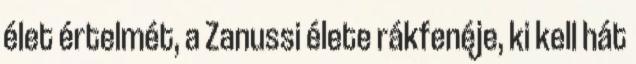
élet értelmét, a Zanussi élete rákfenéje, ki kell hát